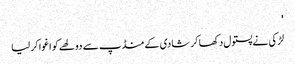
'
لڑکی نے پستول دکھا کر شادی کے منڈپ سے دولھے کو اغوا کر لیا